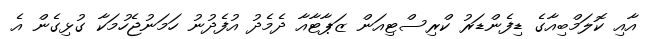
އާއި ކޮލަމްބިއާގެ ޑިފެންޑަރު ކްރިސްޓިއަން ޒަޕާޓާއާ ދެމެދު އުފެދުނު ހަމަނުޖެހުމަކާ ގުޅިގެން އެ